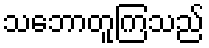
သဘောတူကြသည်